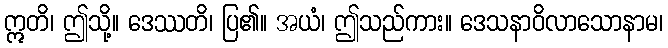
ဣတိ၊ ဤသို့။ ဒေဿတိ၊ ပြ၏။ အယံ၊ ဤသည်ကား။ ဒေသနာဝိလာသောနာမ၊